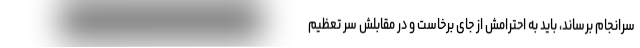
سرانجام برساند، باید به احترامش از جای برخاست و در مقابلش سر تعظیم